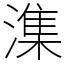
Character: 潗